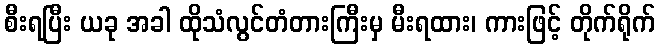
စီးရပြီး ယခု အခါ ထိုသံလွင်တံတားကြီးမှ မီးရထား၊ ကားဖြင့် တိုက်ရိုက်